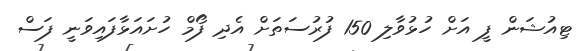
ޓިއުޝަން ފީ އަށް ހުޅުވާލި 150 ފުރުސަތަށް އެދި ފޯމް ހުށައަޅާފައިވަނީ ފަސް